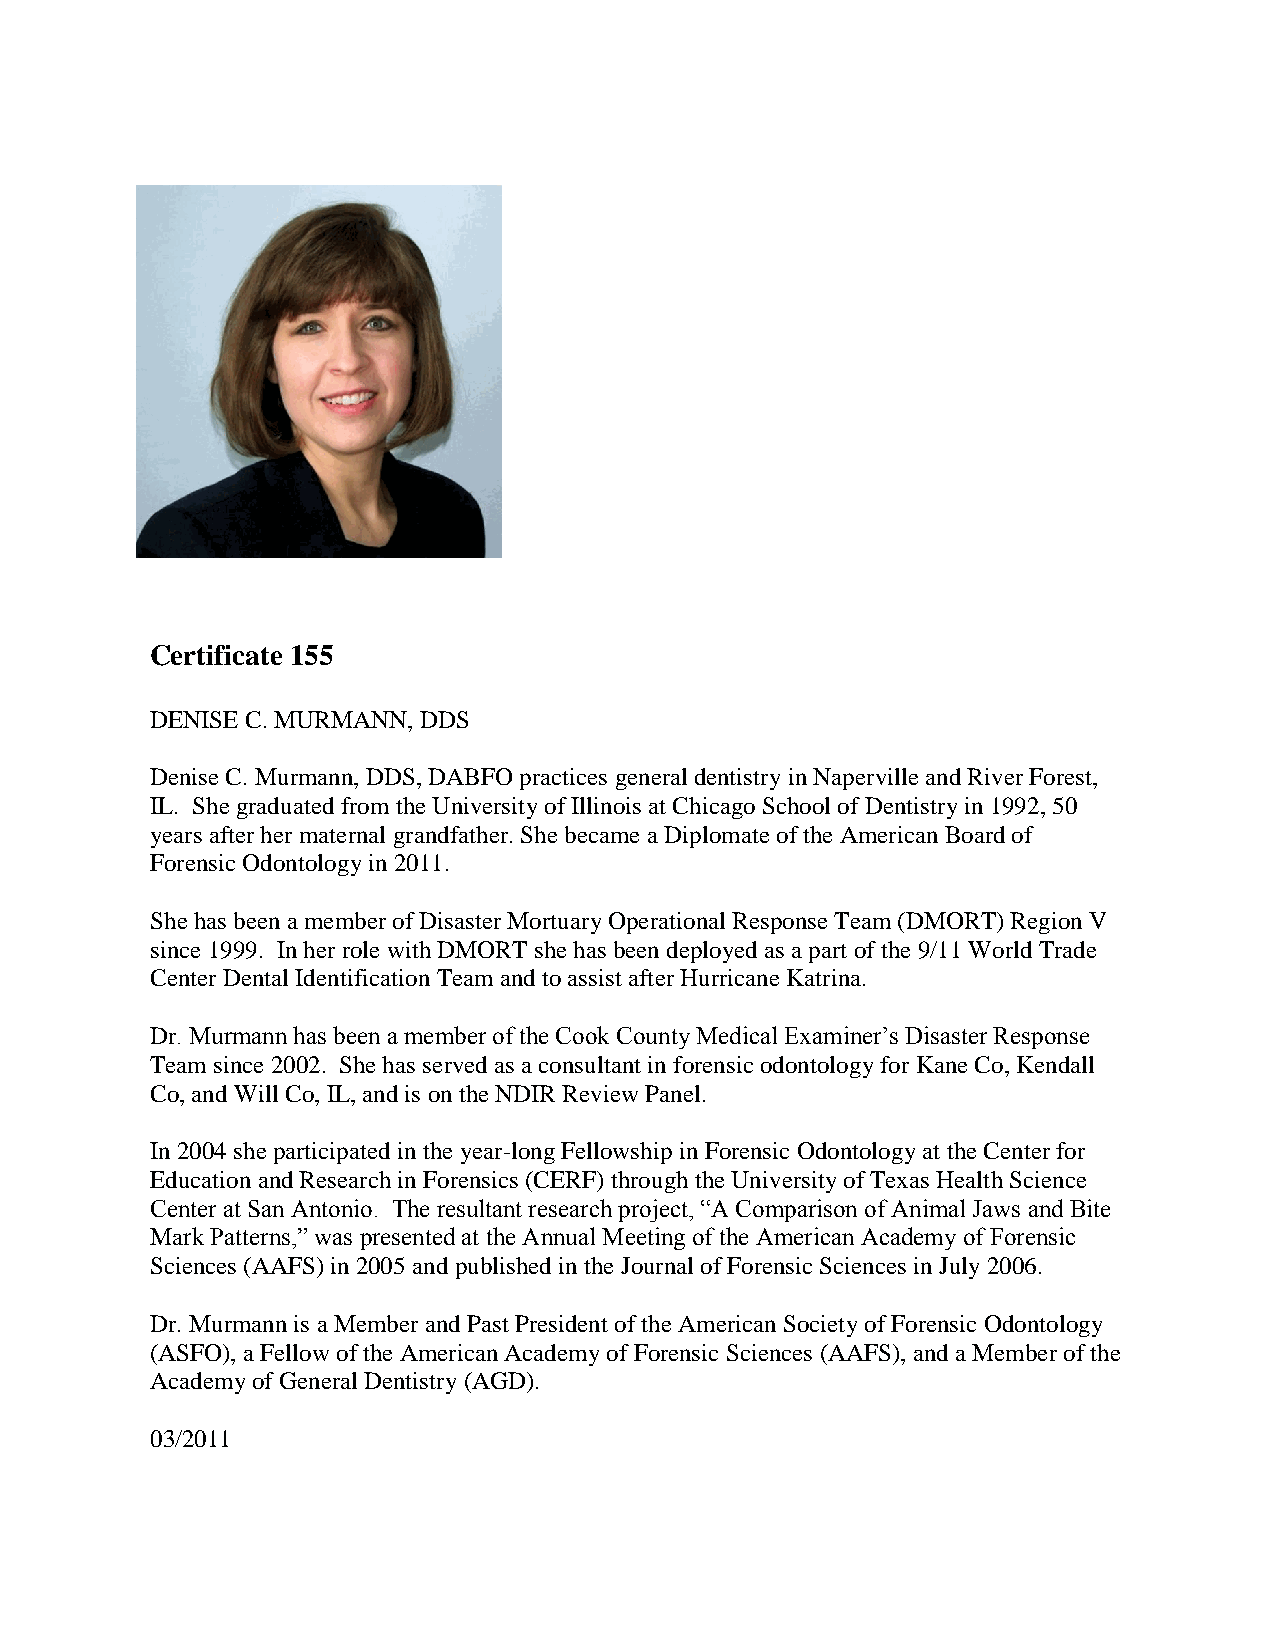
Certificate 155
 DENISE C. MURMANN, DDS
 Denise C. Murmann, DDS, DABFO practices general dentistry in Naperville and River Forest,
 IL. She graduated from the University of Illinois at Chicago School of Dentistry in 1992, 50
 years after her maternal grandfather. She became a Diplomate of the American Board of
 Forensic Odontology in 2011.
 She has been a member of Disaster Mortuary Operational Response Team (DMORT) Region V
 since 1999. In her role with DMORT she has been deployed as a part of the 9/11 World Trade
 Center Dental Identification Team and to assist after Hurricane Katrina.
 Dr. Murmann has been a member of the Cook County Medical Examiner’s Disaster Response
 Team since 2002. She has served as a consultant in forensic odontology for Kane Co, Kendall
 Co, and Will Co, IL, and is on the NDIR Review Panel.
 In 2004 she participated in the year-long Fellowship in Forensic Odontology at the Center for
 Education and Research in Forensics (CERF) through the University of Texas Health Science
 Center at San Antonio. The resultant research project, “A Comparison of Animal Jaws and Bite
 Mark Patterns,” was presented at the Annual Meeting of the American Academy of Forensic
 Sciences (AAFS) in 2005 and published in the Journal of Forensic Sciences in July 2006.
 Dr. Murmann is a Member and Past President of the American Society of Forensic Odontology
 (ASFO), a Fellow of the American Academy of Forensic Sciences (AAFS), and a Member of the
 Academy of General Dentistry (AGD).
 03/2011